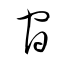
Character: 官